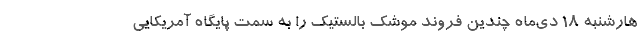
هارشنبه ۱۸ دی‌ماه چندین فروند موشک بالستیک را به سمت پایگاه آمریکایی